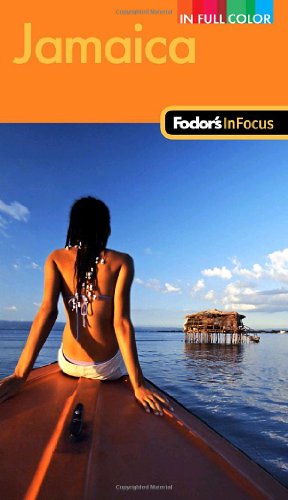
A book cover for Fodor's In Focus Jamaica, 2nd Edition (Full-color Travel Guide); Fodor's; Travel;